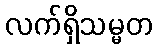
လက်ရှိသမ္မတ